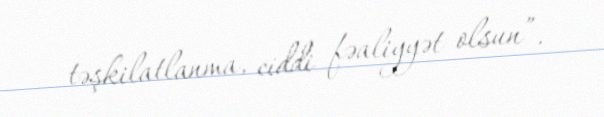
təşkilatlanma, ciddi fəaliyyət olsun”.